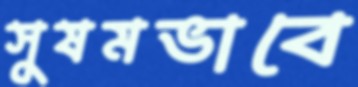
সুষমভাবে